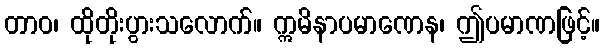
တာဝ၊ ထိုတိုးပွားသလောက်။ ဣမိနာပမာဏေန၊ ဤပမာဏဖြင့်။